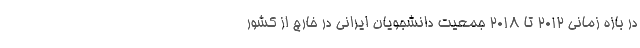
در بازه زمانی ۲۰۱۲ تا ۲۰۱۸ جمعیت دانشجویان ایرانی در خارج از کشور